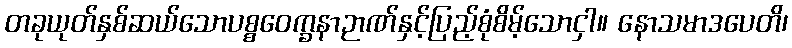
တခုယုတ်နှစ်ဆယ်သောပစ္စဝေက္ခနာဉာဏ်နှင့်ပြည့်စုံစိမ့်သောငှါ။ နောသမာဒပေတိ၊